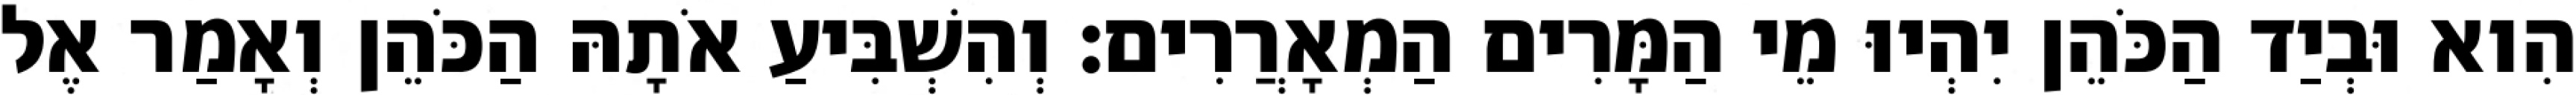
הִוא וּבְיַד הַכֹּהֵן יִהְיוּ מֵי הַמָּרִים הַמְאָרֲרִים׃ וְהִשְׁבִּיעַ אֹתָהּ הַכֹּהֵן וְאָמַר אֶל